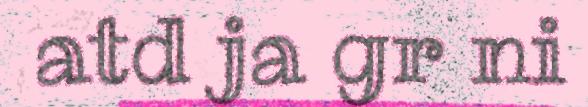
atd ja gr ni